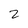
Character: 2